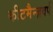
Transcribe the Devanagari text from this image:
कीटमैन्ज़वर्प